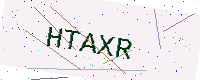
Text: HTAXR